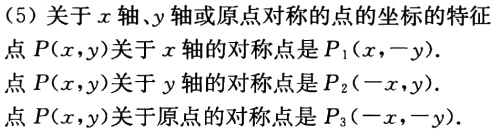
(5) 关于\(x\)轴、\(y\)轴或原点对称的点的坐标的特征

点\(P(x,y)\)关于\(x\)轴的对称点是\(P_1(x,-y)\).

点\(P(x,y)\)关于\(y\)轴的对称点是\(P_2(-x,y)\).

点\(P(x,y)\)关于原点的对称点是\(P_3(-x,-y)\).